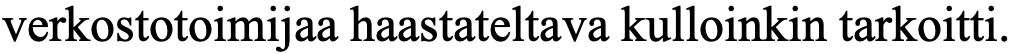
verkostotoimijaa haastateltava kulloinkin tarkoitti.